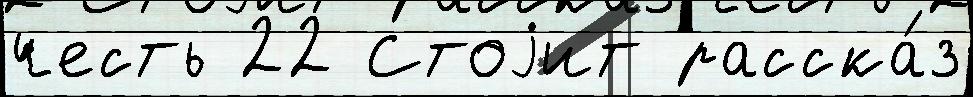
честь 22 Стоjит расска́з